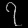
Digit: ၇